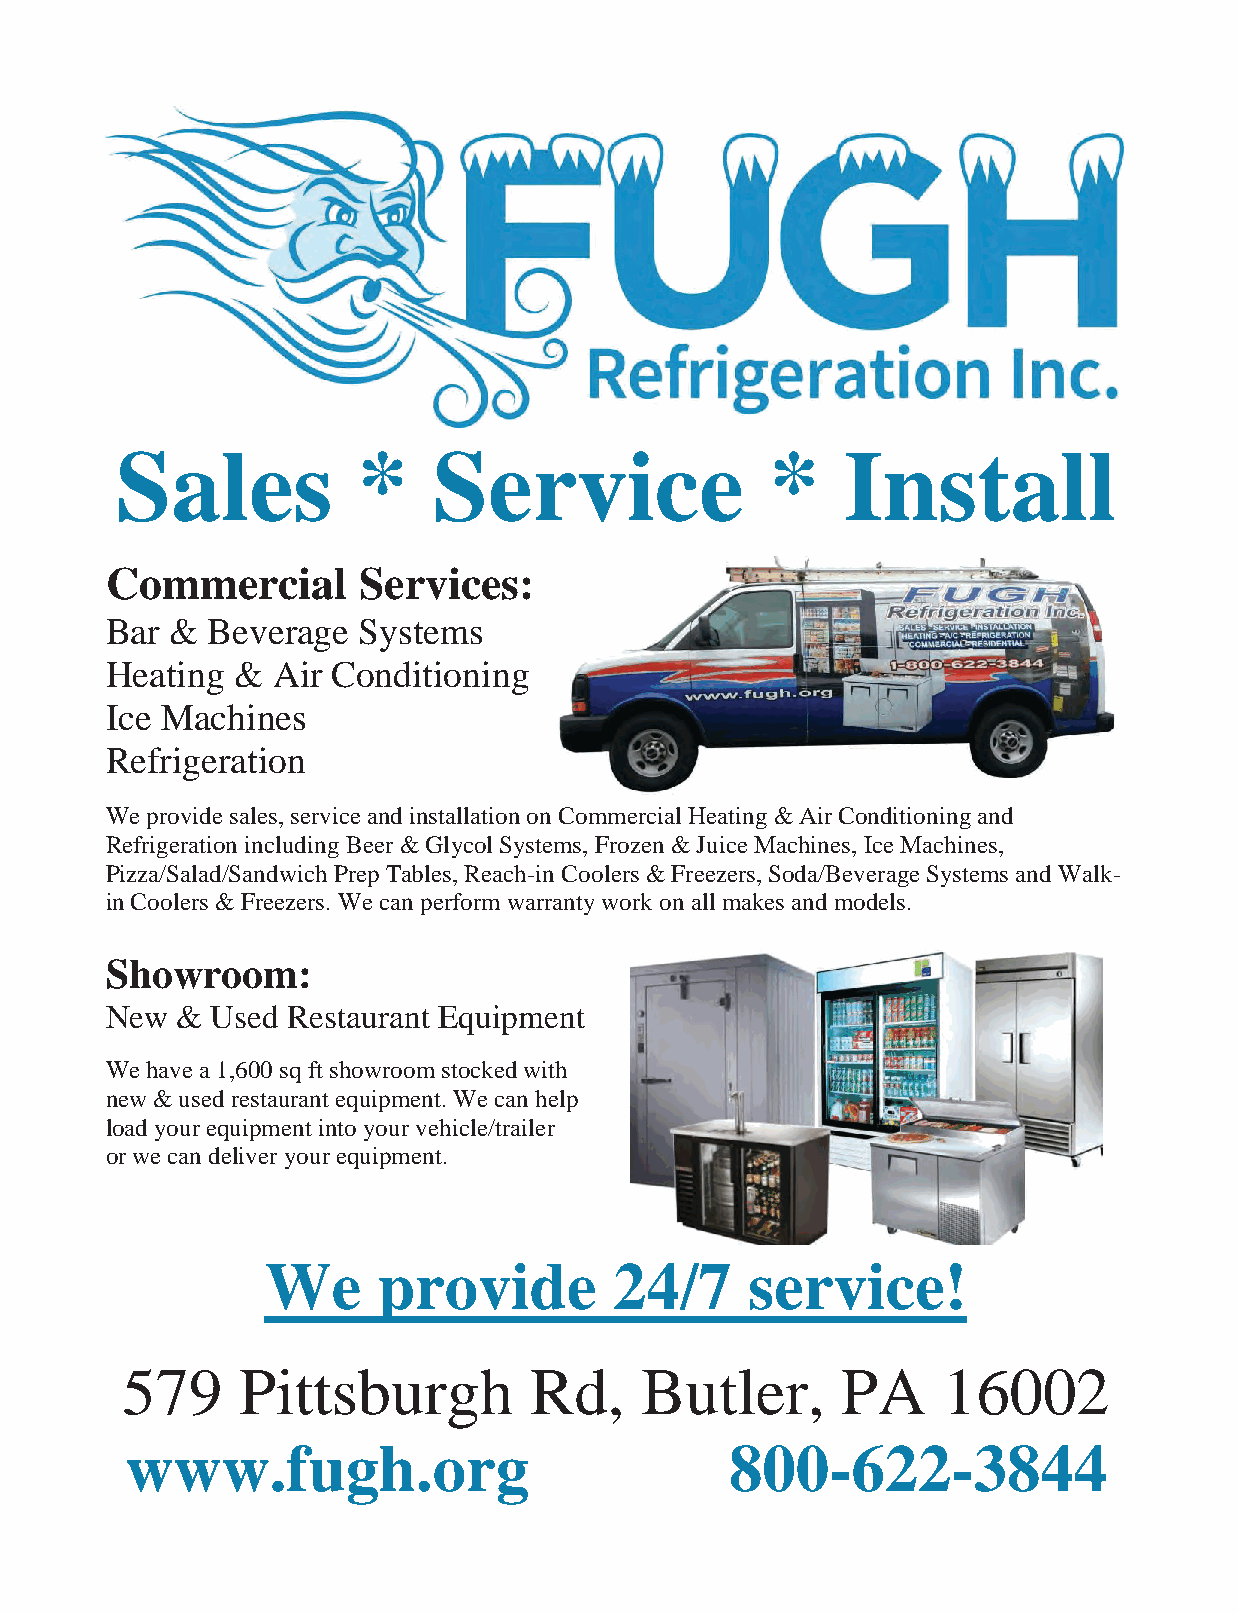
Sales           *    Service               *    Install
 Commercial       Services:
 Bar &  Beverage  Systems
 Heating &  Air Conditioning
 Ice Machines
 Refrigeration
 We provide sales, service and installation on Commercial Heating & Air Conditioning and
 Refrigeration including Beer & Glycol Systems, Frozen & Juice Machines, Ice Machines,
 Pizza/Salad/Sandwich Prep Tables, Reach-in Coolers & Freezers, Soda/Beverage Systems and Walk-
 in Coolers & Freezers. We can perform warranty work on all makes and models.
 Showroom:
 New  & Used Restaurant Equipment
 We have a 1,600 sq ft showroom stocked with
 new & used restaurant equipment. We can help
 load your equipment into your vehicle/trailer
 or we can deliver your equipment.
 We     provide         24/7     service!
 579     Pittsburgh         Rd,    Butler,       PA    16002
 www.fugh.org                            800-622-3844
 33